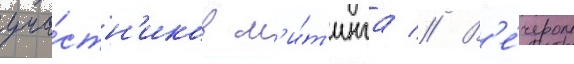
уча́стн'иков м'и́т'инга // В'е́чером